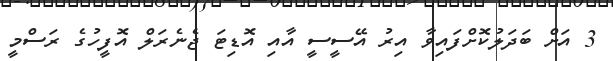
3 އަށް ބަދަލުކޮށްފައިވާ އިރު އޭސީސީ އާއި އޮޑިޓަ ޖެނެރަލް އޮފީހުގެ ރަސްމީ